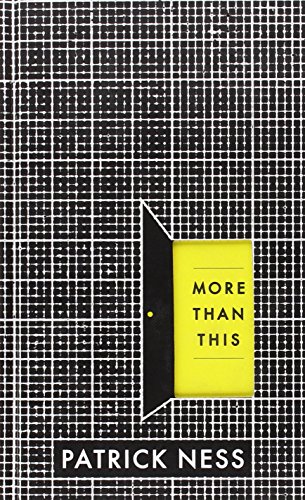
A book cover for More Than This; Patrick Ness; Teen & Young Adult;